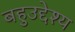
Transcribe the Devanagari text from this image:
बहुउद्देश्य